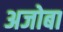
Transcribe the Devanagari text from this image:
अजोबा